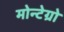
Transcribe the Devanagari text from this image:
मोन्टेग्रो